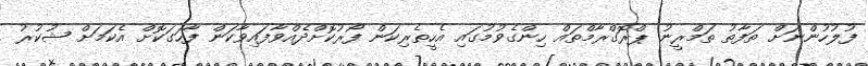
ފުލުހުންނަށް ތަފާތު ތަމްރީނު ޕްރޮގްރާމްތައް ހިންގެވުމުގައި އެހީތެރިކަން ފޯރުކޮށްދެއްވާފައިވާކަން ފާހަގަކޮށް އެކަމަށް ޝުކުރު